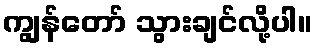
ကျွန်တော် သွားချင်လို့ပါ။